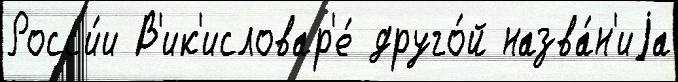
Росс'и́и В'ик'исловар'е́ друго́й назва́н'иjа